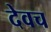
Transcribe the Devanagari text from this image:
देवच